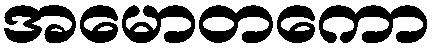
အမောတကော